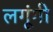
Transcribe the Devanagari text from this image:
लगूंगी